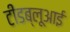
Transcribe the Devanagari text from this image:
टीडब्लूआई